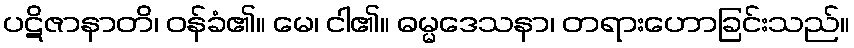
ပဋိဇာနာတိ၊ ဝန်ခံ၏။ မေ၊ ငါ၏။ ဓမ္မဒေသနာ၊ တရားဟောခြင်းသည်။